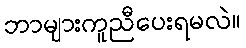
ဘာများကူညီပေးရမလဲ။